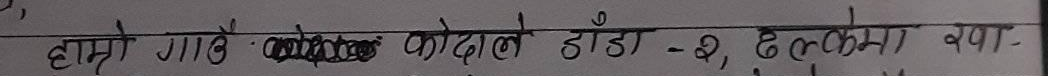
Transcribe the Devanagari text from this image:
हाम्रो गाउँपालिका कोदोले डाँडा - २, ढल्केमा क्या -